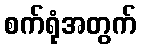
စက်ရုံအတွက်